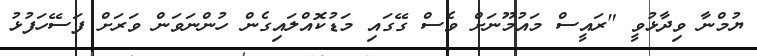
ޔުމްނާ ވިދާޅުވީ "ރައީސް މައުމޫނަށް ވެސް ގޭގައި މަޑުކޮއްލައިގެން ހުންނަވަން ވަރަށް ފަސޭހަފުޅު